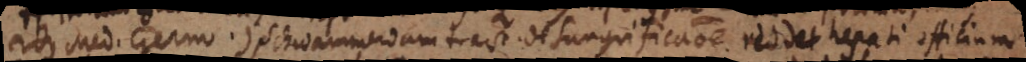
2dus Med. Germ.) Schwammerdam tract. de Sanguificatione reddet hepati officium